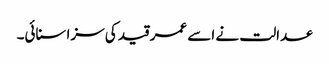
عدالت نے اسے عمر قید کی سزا سنائی۔